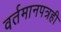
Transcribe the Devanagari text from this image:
वर्तमानपत्रही